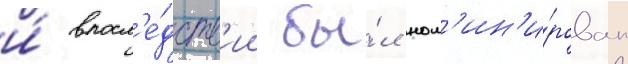
и́ впосл'е́дств'ии бы́л ном'ин'и́рован